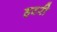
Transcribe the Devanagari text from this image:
हटरी